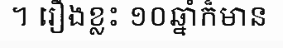
។ រឿងខ្លះ ១០ឆ្នាំក៏មាន